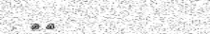
١٤